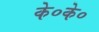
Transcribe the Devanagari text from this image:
के०के०